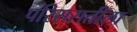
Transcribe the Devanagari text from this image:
परिसरातीला